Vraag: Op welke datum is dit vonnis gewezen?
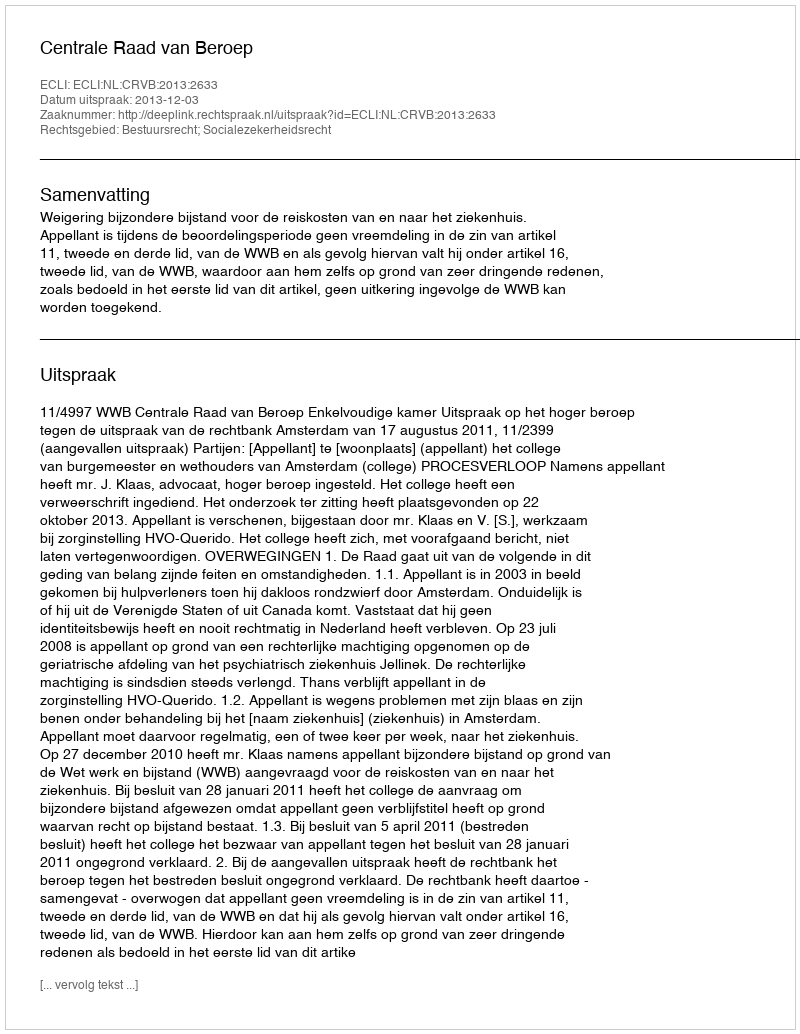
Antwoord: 2013-12-03